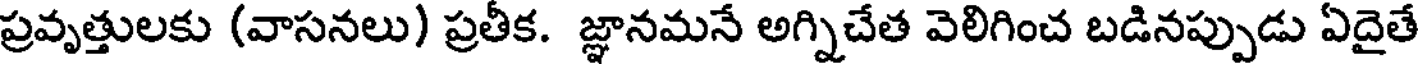
ప్రవృత్తులకు (వాసనలు) ప్రతీక. జ్ఞానమనే అగ్నిచేత వెలిగించ బడినప్పుడు ఏదైతే